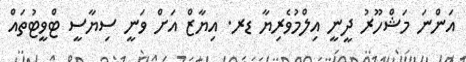
އަންނަ މަޝްހޫރު ދީނީ އިލްމުވެރިޔާ ޑރ. އިޔާޒް އަށް ވަނީ ސިޔާސީ ޓްވީޓުތައް